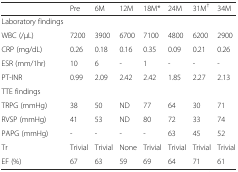
<table><thead><tr><td></td><td><b>Pre</b></td><td><b>6M</b></td><td><b>12M</b></td><td><b>18M*</b></td><td><b>24M</b></td><td><b>31M<sup>†</sup></b></td><td><b>34M</b></td></tr></thead><tbody><tr><td>Laboratory findings</td><td></td><td></td><td></td><td></td><td></td><td></td><td></td></tr><tr><td>WBC (/μL)</td><td>7200</td><td>3900</td><td>6700</td><td>7100</td><td>4800</td><td>6200</td><td>2900</td></tr><tr><td>CRP (mg/dL)</td><td>0.26</td><td>0.18</td><td>0.16</td><td>0.35</td><td>0.09</td><td>0.21</td><td>0.26</td></tr><tr><td>ESR (mm/1hr)</td><td>10</td><td>6</td><td>-</td><td>1</td><td>-</td><td>-</td><td>-</td></tr><tr><td>PT-INR</td><td>0.99</td><td>2.09</td><td>2.42</td><td>2.42</td><td>1.85</td><td>2.27</td><td>2.13</td></tr><tr><td>TTE findings</td><td></td><td></td><td></td><td></td><td></td><td></td><td></td></tr><tr><td>TRPG (mmHg)</td><td>38</td><td>50</td><td>ND</td><td>77</td><td>64</td><td>30</td><td>71</td></tr><tr><td>RVSP (mmHg)</td><td>41</td><td>53</td><td>ND</td><td>80</td><td>72</td><td>33</td><td>74</td></tr><tr><td>PAPG (mmHg)</td><td>-</td><td>-</td><td>-</td><td>-</td><td>63</td><td>45</td><td>52</td></tr><tr><td>Tr</td><td>Trivial</td><td>Trivial</td><td>None</td><td>Trivial</td><td>Trivial</td><td>Trivial</td><td>Trivial</td></tr><tr><td>EF (%)</td><td>67</td><td>63</td><td>59</td><td>69</td><td>64</td><td>71</td><td>61</td></tr></tbody></table>